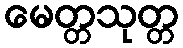
မေတ္တသုတ္တ